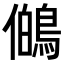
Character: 𭀊